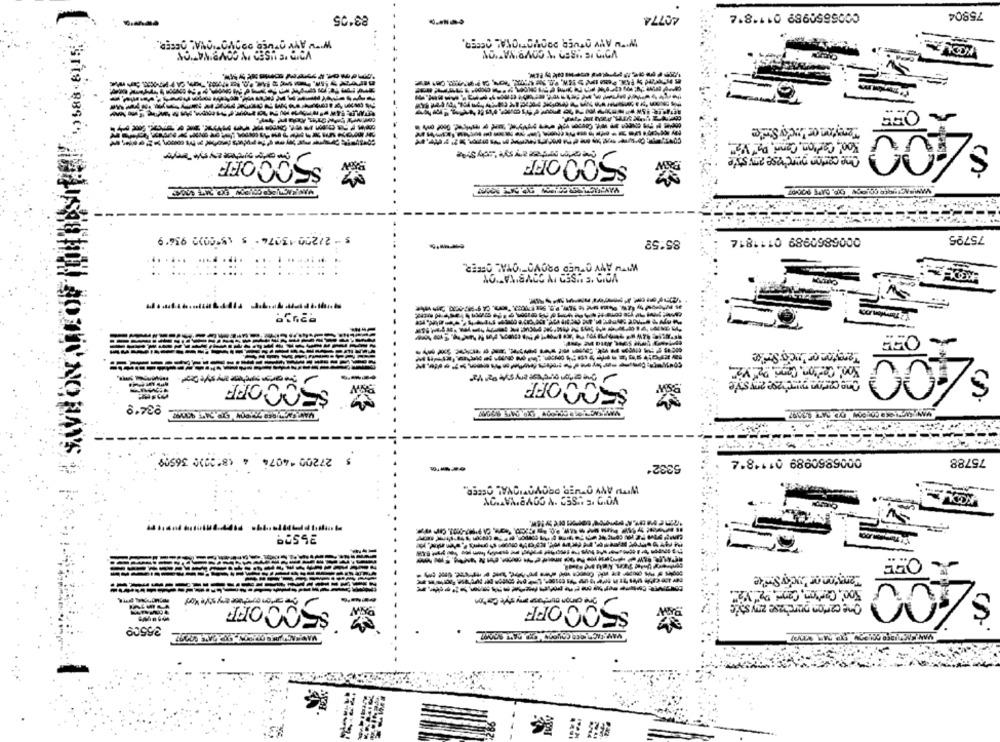
75904
----
40774
W-WAYOTUED DEVOTIONAL OFCEP.
WITH ANY OTHER DOOUDTIONAL SECER,
VOID 'E USED IN COMBINATION
400
Koo', Carlton, Canni, Da" VE".
$500 OFF
One carton purchase any stie
$500 OFF
s - 2/200 13074 . 5 (500)2 9369
0006860989 0111814
75795
85:52
WITH ATV OLED PROVOTOTAL OFFER.
0
500 OFF
SECO OFF
S
HANS
5 27200 *4074 4 (8:2010 36509
0006860989 01148*4
75788
5332ª
WITH ANY OTHER PROVARIONAL OFFER
KOOL
& OFF
Tareyton or Lucky Strike
,00
mon on twee my style Koy
One carton purchase zry stes
gre canon purchase my style Coton
$500 OFF
25500